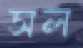
সল